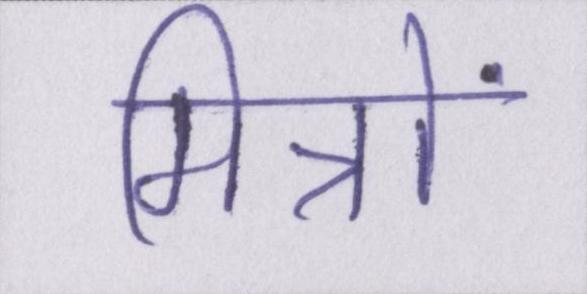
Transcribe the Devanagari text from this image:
मित्रों